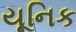
યૂનિક